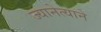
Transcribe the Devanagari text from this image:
ज्यानेत्याने